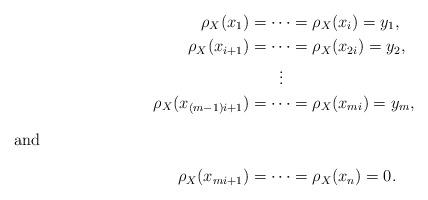
LaTeX: \begin{align*} \rho_X(x_1) &= \dotsm = \rho_X(x_i) = y_1, \\ \rho_X(x_{i+1}) &= \dotsm = \rho_X(x_{2i}) = y_2, \\ & \hskip 4.2ex \vdots \\ \rho_X(x_{(m-1)i+1}) &= \dotsm = \rho_X(x_{mi}) = y_m,\\ \intertext{and} \rho_X(x_{mi+1}) &= \dotsm = \rho_X(x_n) = 0.\end{align*}